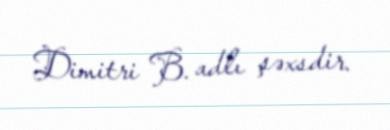
Dimitri B. adlı şəxsdir.